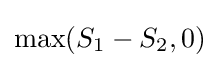
\max(S_{1}-S_{2},0)